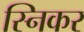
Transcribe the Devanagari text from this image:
स्निकर